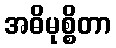
အဓိမုစ္စိတာ